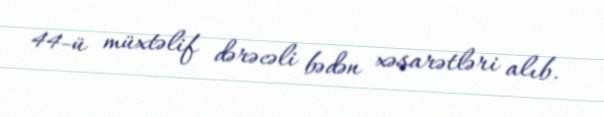
44-ü müxtəlif dərəcəli bədən xəsarətləri alıb.